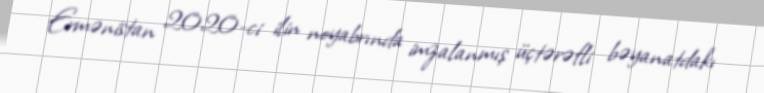
Ermənistan 2020-ci ilin noyabrında imzalanmış üçtərəfli bəyanatdakı